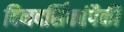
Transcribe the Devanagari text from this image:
दिनदर्शिकांपैकी